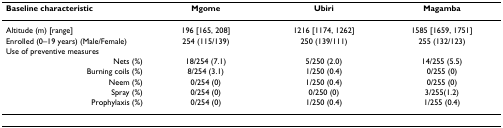
| Baseline characteristic | Mgome | Ubiri | Magamba |
 | --- | --- | --- | --- |
 | Altitude (m) [range] | 196 [165, 208] | 1216 [1174, 1262] | 1585 [1659, 1751] |
 | Enrolled (0–19 years) (Male/Female) | 254 (115/139) | 250 (139/111) | 255 (132/123) |
 | Use of preventive measures |  |  |  |
 | Nets (%) | 18/254 (7.1) | 5/250 (2.0) | 14/255 (5.5) |
 | Burning coils (%) | 8/254 (3.1) | 1/250 (0.4) | 0/255 (0) |
 | Neem (%) | 0/254 (0) | 1/250 (0.4) | 0/255 (0) |
 | Spray (%) | 0/254 (0) | 0/250 (0) | 3/255(1.2) |
 | Prophylaxis (%) | 0/254 (0) | 1/250 (0.4) | 1/255 (0.4) |